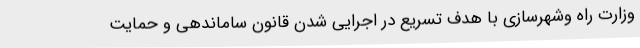
وزارت راه وشهرسازی با هدف تسریع در اجرایی شدن قانون ساماندهی و حمایت